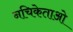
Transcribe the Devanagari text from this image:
नचिकेताओ